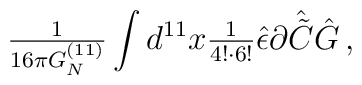
{\textstyle\frac{1}{16\pi G_{N}^{(11)}}}\int  d^{11}x {\textstyle\frac{1}{4!\cdot6!}}\hat{\epsilon} \partial\hat{\tilde{C}}\hat{G}\, ,